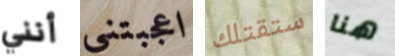
أنني اعجبتني ستقتلك هنا